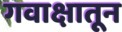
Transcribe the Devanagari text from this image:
गवाक्षातून